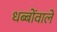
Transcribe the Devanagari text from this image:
धब्बोंवाले